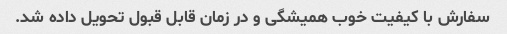
سفارش با کیفیت خوب همیشگی و در زمان قابل قبول تحویل داده شد.